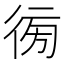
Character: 𢔚